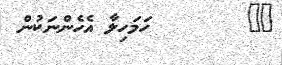
٤٠        ހަމަހިލާ އެހެންނަކުން